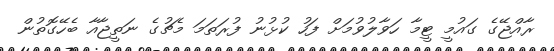
ރާއްޖޭގެ ގައުމީ ޓީމާ ހަވާލުވުމަށް ފަހު ކުޅުނު ފުރަތަމަ މެޗުގެ ނަތީޖާއާ ބެހޭގޮތުން